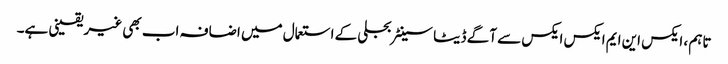
تاہم ، ایکس این ایم ایکس ایکس سے آگے ڈیٹا سینٹر بجلی کے استعمال میں اضافہ اب بھی غیر یقینی ہے۔